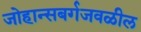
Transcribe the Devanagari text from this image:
जोहान्सबर्गजवळील